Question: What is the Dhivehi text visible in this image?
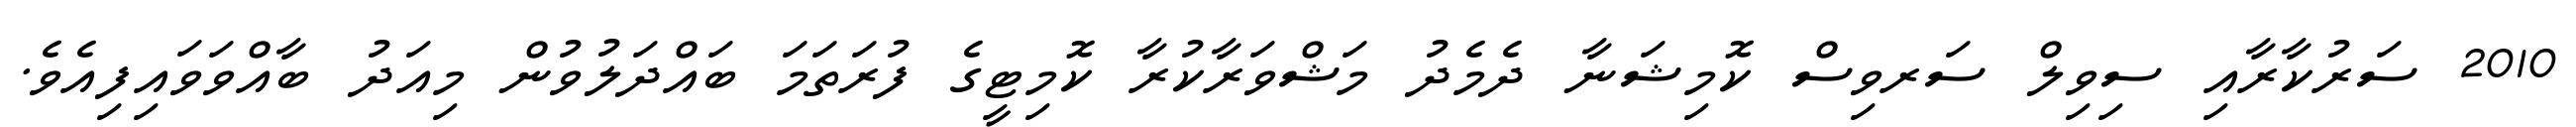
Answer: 2010 ސަރުކާރާއި ސިވިލް ސަރވިސް ކޮމިޝަނާ ދެމެދު މަޝްވަރާކުރާ ކޮމިޓީގެ ފުރަތަމަ ބައްދަލުވުން މިއަދު ބާއްވަވައިފިއެވެ.